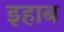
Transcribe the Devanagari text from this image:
इहाब